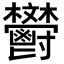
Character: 𩰩